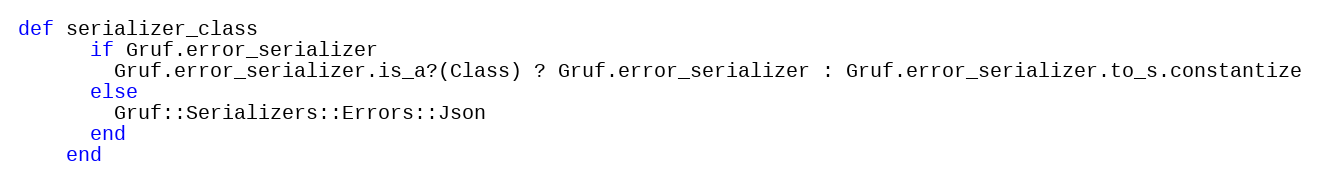
Language: Ruby
def serializer_class
      if Gruf.error_serializer
        Gruf.error_serializer.is_a?(Class) ? Gruf.error_serializer : Gruf.error_serializer.to_s.constantize
      else
        Gruf::Serializers::Errors::Json
      end
    end